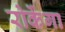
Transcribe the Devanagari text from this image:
रोकेंगा